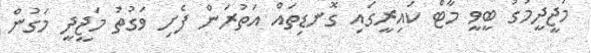
މަޖީދީމަގު ބީވީ މާޓް ކައިރީގައި ގޮނޑިތައް އަތުރަން ފެށި ވަގުތު މަޖީދީ މަގުން